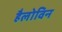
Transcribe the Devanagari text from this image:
हैलोविन